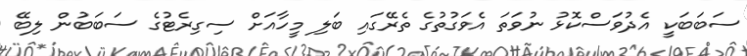
ސަބަބަކީ އެދުވަސްކޮޅު ނުވަތަ އެވަގުތުގެ ތެރޭގައި ބަލި މީހާއަށް ސިގިރެޓުގެ ސަބަބުން ލިބޭ